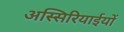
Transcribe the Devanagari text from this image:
अस्सिरियाईयों